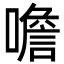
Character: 噡